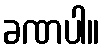
ခဏပါ။